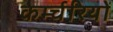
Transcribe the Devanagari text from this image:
कर्म्चरियों